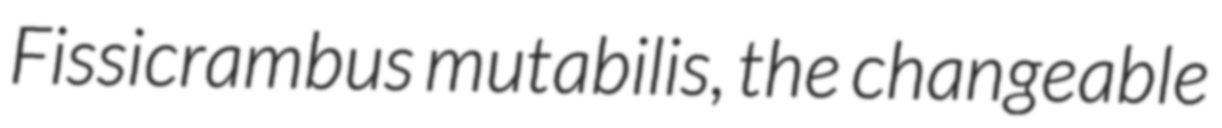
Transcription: Fissicrambus mutabilis, the changeable